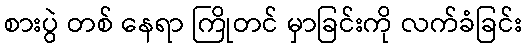
စားပွဲ တစ် နေရာ ကြိုတင် မှာခြင်းကို လက်ခံခြင်း